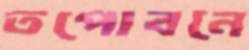
তপোবনে